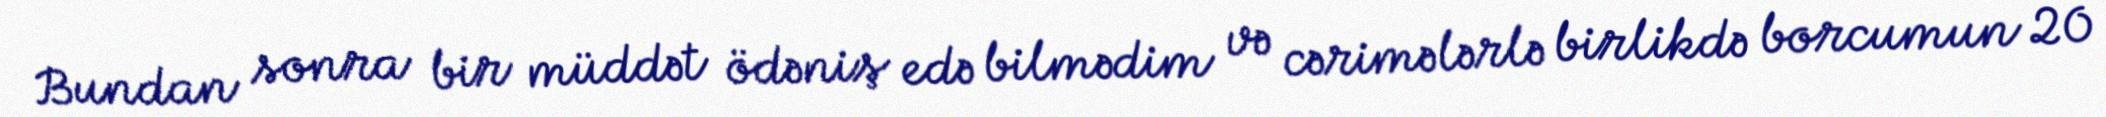
Bundan sonra bir müddət ödəniş edə bilmədim və cərimələrlə birlikdə borcumun 20